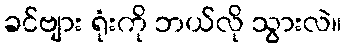
ခင်ဗျား ရုံးကို ဘယ်လို သွားလဲ။